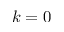
k = 0